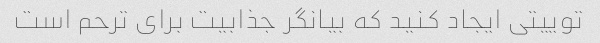
توییتی ایجاد کنید که بیانگر جذابیت برای ترحم است